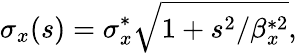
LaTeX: \sigma_{x}(s)=\sigma_{x}^{*}\sqrt{1+s^{2}/\beta_{x}^{*2}},